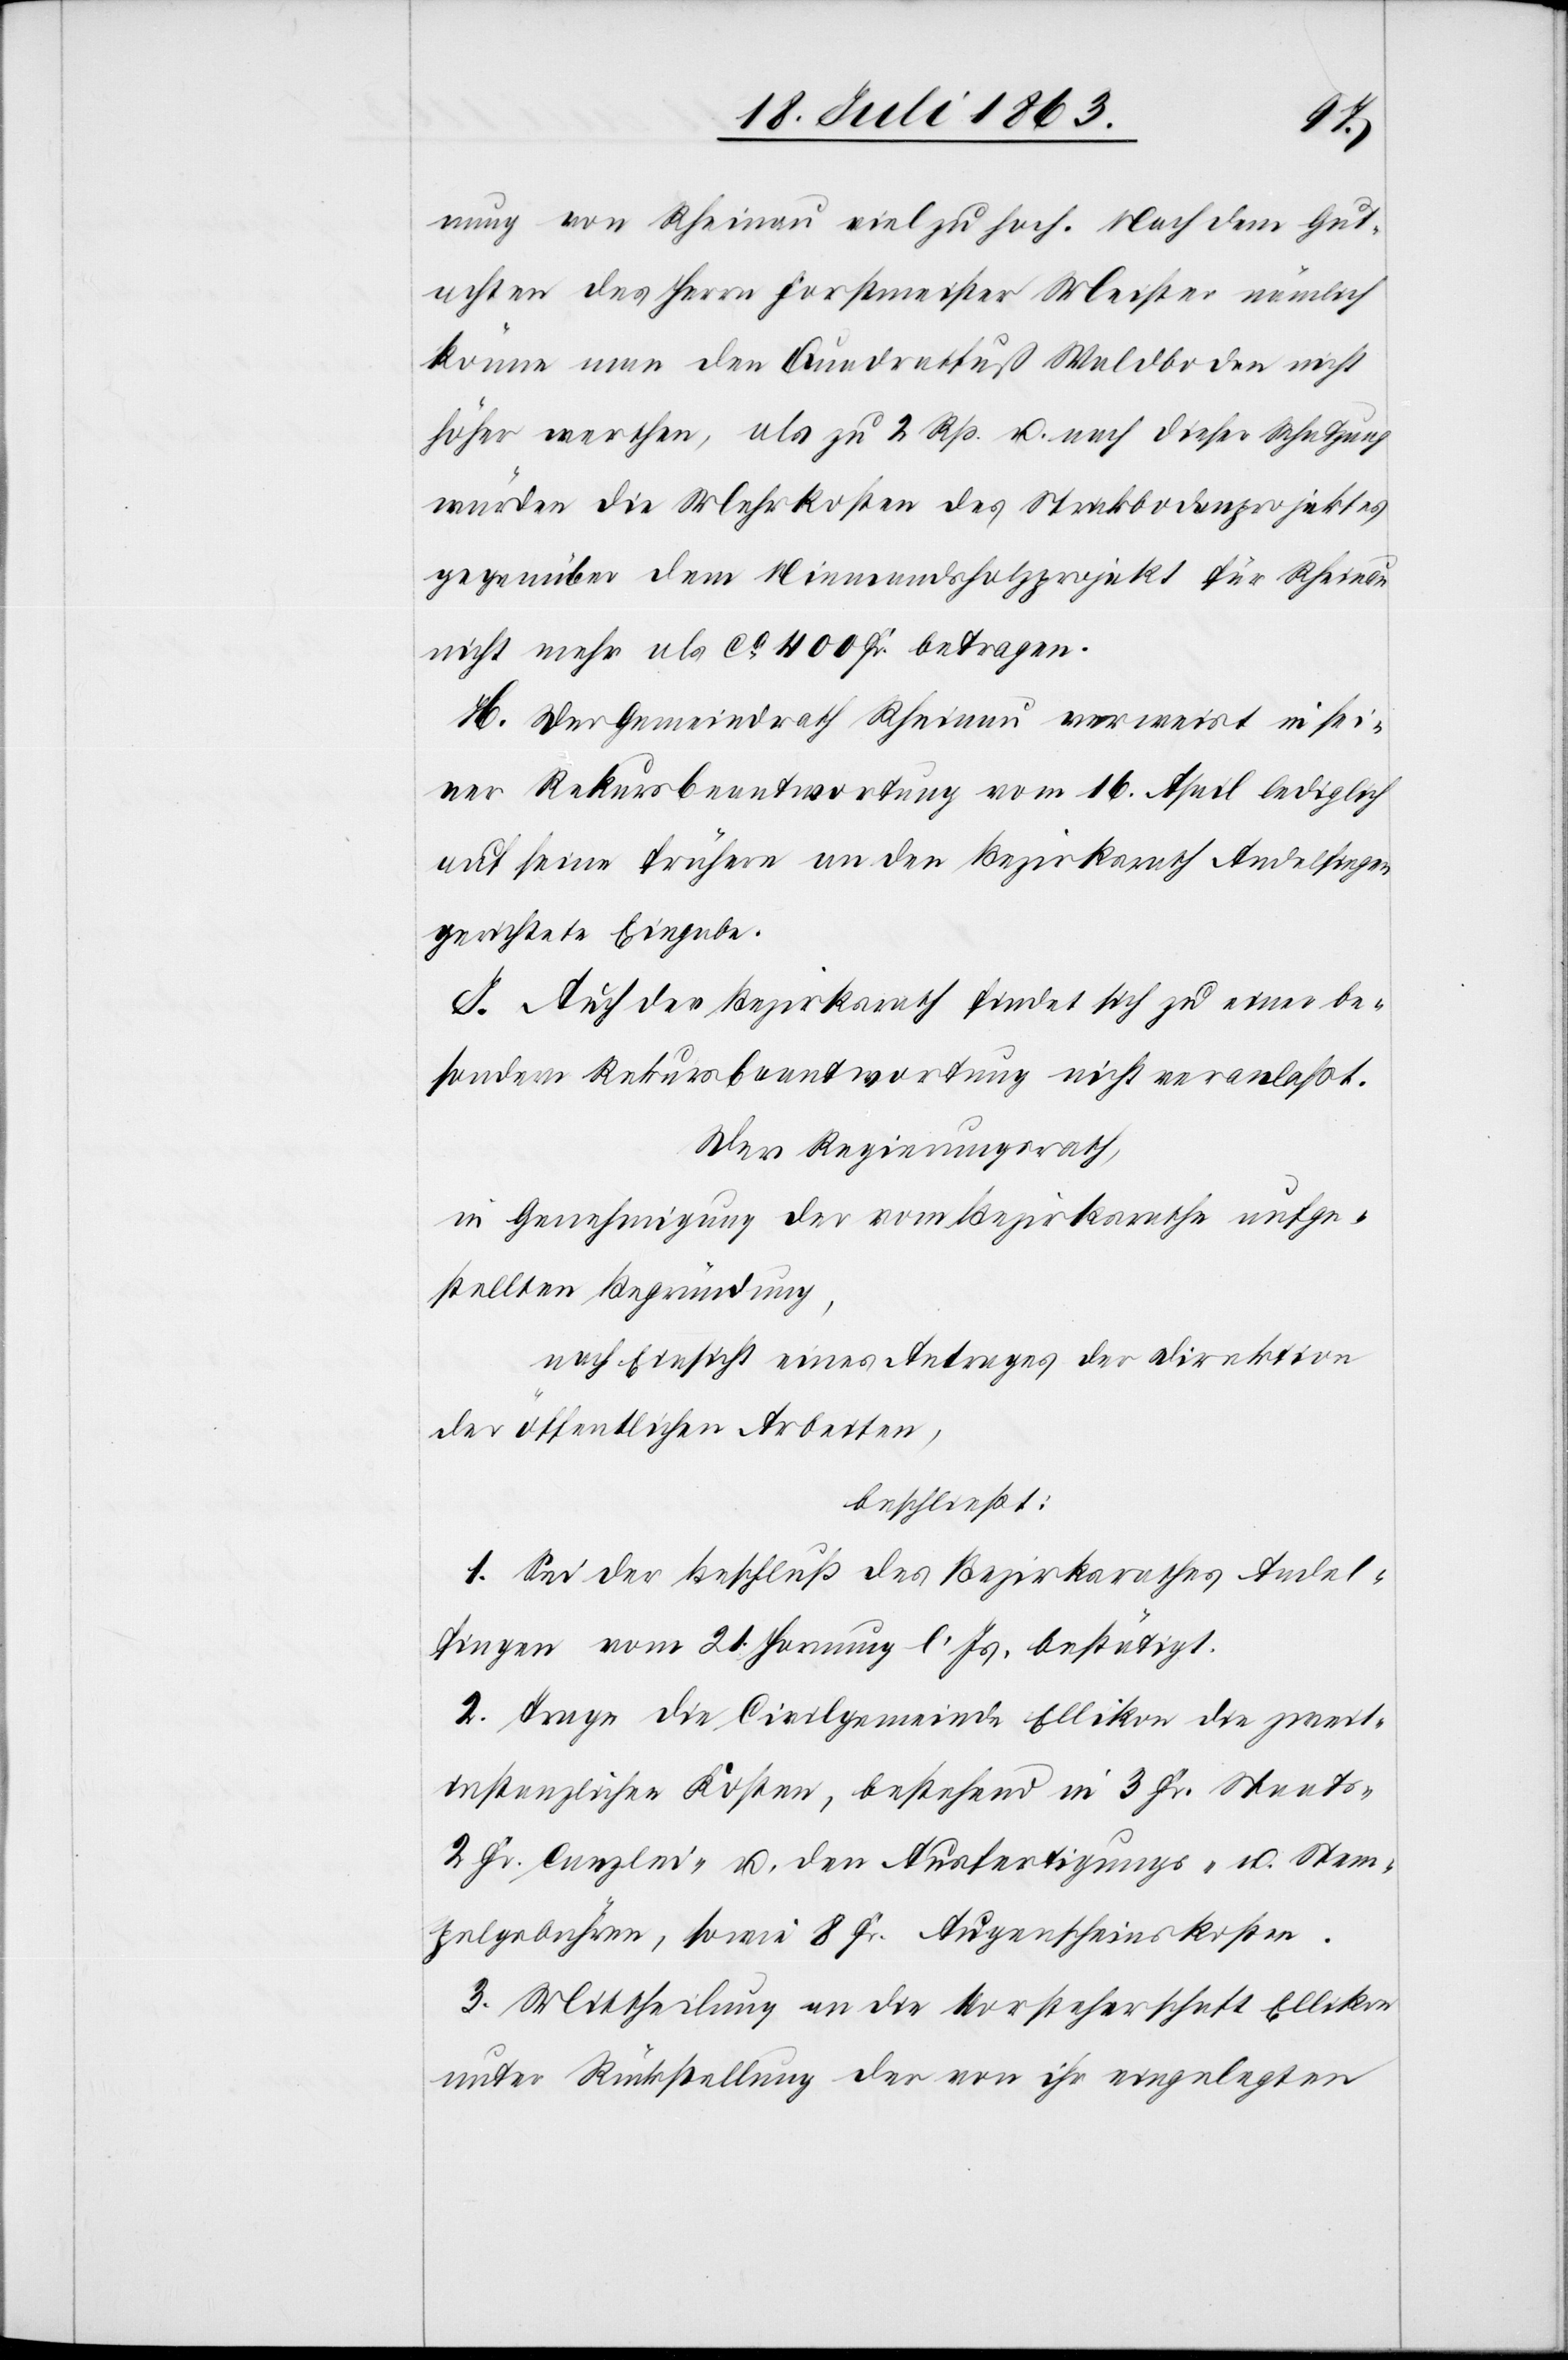
nung von Rheinau viel zu hoch. Nach dem Gut¬
achten des Herrn Forstmeister Meister nämlich
könne man den Quadratfuß Waldboden nicht
höher werthen, als zu 2 Rp. u. nach dieser Schatzung
würden die Mehrkosten des Strickbodenprojektes
gegenüber dem Niemandsholzprojekt für Rheinau
nicht mehr als ca 400 Fr. betragen.
H. Der Gemeindrath Rheinau verweist in sei¬
ner Rekursbeantwortung vom 16. April lediglich
auf seine frühern an den Bezirksrath Andelfingen
gerichtete Eingabe.
I. Auch der Bezirksrath findet sich zu einer be¬
sondern Rekursbeantwortung nicht veranlaßt.
Der Regierungsrath,
in Genehmigung der vom Bezirksrathe aufge¬
stellten Begründung,
nach Einsicht eines Antrages der Direktion
der öffentlichen Arbeiten,
beschließt:
1. Sei der Beschluß des Bezirksrath Andel¬
fingen vom 21. Hornung l. Js. bestätigt.
2. Trage die Civilgemeinde Ellikon die zweit¬
instanzlichen Kosten, bestehend in 3 Fr. Staats-[,]
2 Fr. Canzlei- u. den Ausfertigungs- u. Stem¬
pelgebühren, sowie 8 Fr. Augenscheinskosten.
3. Mittheilung an die Vorsteherschaft Ellikon
unter Rückstellung der von ihr eingelegten